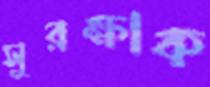
সুরক্ষাক